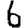
Digit: 6